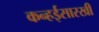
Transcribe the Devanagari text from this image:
कन्हईसारखी